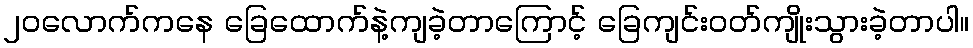
၂၀လောက်ကနေ ခြေထောက်နဲ့ကျခဲ့တာကြောင့် ခြေကျင်းဝတ်ကျိုးသွားခဲ့တာပါ။